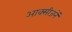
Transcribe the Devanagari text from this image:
आक्सीजनें